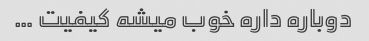
دوباره داره خوب میشه کیفیت …